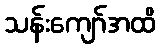
သန်းကျော်အထိ